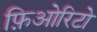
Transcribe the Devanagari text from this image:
फ़िओरिटो